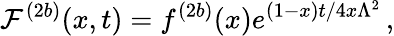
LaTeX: {\cal F}^{(2b)}(x,t)=f^{(2b)}(x)e^{(1-x)t/4x\Lambda^{2}}\, ,